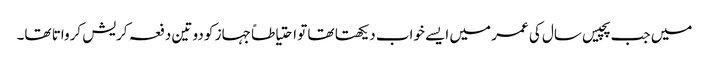
میں جب پچیس سال کی عمر میں ایسے خواب دیکھتا تھا تو احتیاطاً جہاز کو دو تین دفعہ کریش کرواتا تھا۔